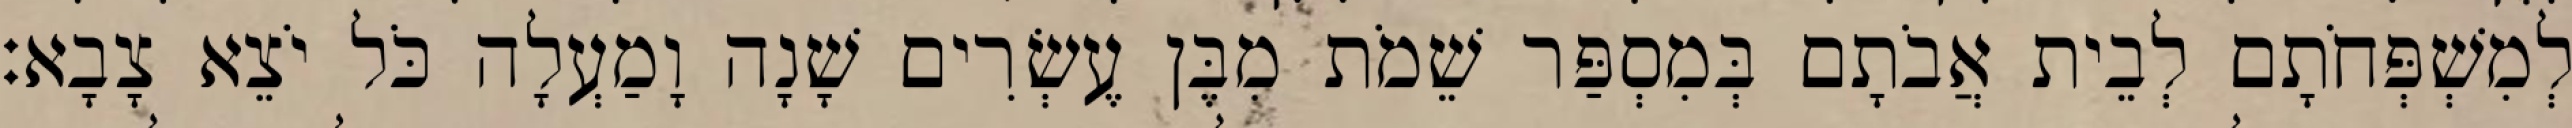
לְמִשְׁפְּחֹתָם לְבֵית אֲבֹתָם בְּמִסְפַּר שֵׁמֹת מִבֶּן עֶשְׂרִים שָׁנָה וָמַעְלָה כֹּל יֹצֵא צָבָא׃